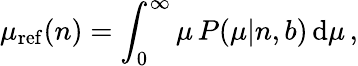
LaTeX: \mu_{\mathrm{ref}}(n)=\int_{0}^{\infty}\mu\, P(\mu|n,b)\, \mathrm{d}\mu\, ,